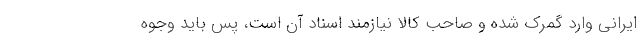
ایرانی وارد گمرک شده و صاحب کالا نیازمند اسناد آن است، پس باید وجوه